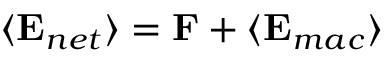
\langle { \bf { E } } _ { n e t } \rangle = { \bf { F } } + \langle { \bf { E } } _ { m a c } \rangle